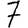
Digit: 7